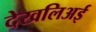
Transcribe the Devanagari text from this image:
देखलिअई